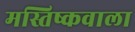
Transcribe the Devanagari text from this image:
मस्तिष्कवाला